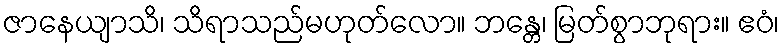
ဇာနေယျာသိ၊ သိရာသည်မဟုတ်လော။ ဘန္တေ၊ မြတ်စွာဘုရား။ ဧဝံ၊